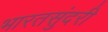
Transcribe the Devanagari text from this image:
भारतसुंदरी